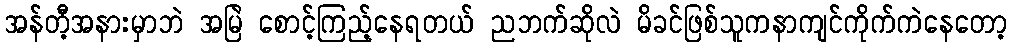
အန်တီ့အနားမှာဘဲ အမြဲ စောင့်ကြည့်နေရတယ် ညဘက်ဆိုလဲ မိခင်ဖြစ်သူကနာကျင်ကိုက်ကဲနေတော့